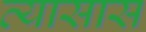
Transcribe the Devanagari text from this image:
व्यासास